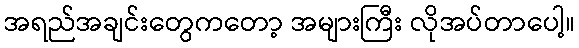
အရည်အချင်းတွေကတော့ အများကြီး လိုအပ်တာပေါ့။